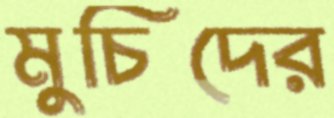
মুচিদের